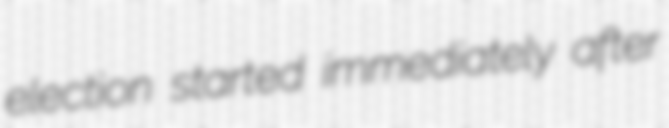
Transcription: election started immediately after